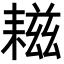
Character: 𦔒